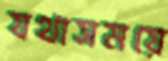
যথাসময়ে